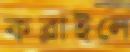
কব্‌লাইলে